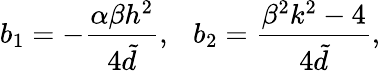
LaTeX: b_{1}=-\frac{\alpha\beta h^{2}}{4{\tilde{d}}},~~~b_{2}=\frac{\beta^{2}k^{2}-4}{4{\tilde{d}}},